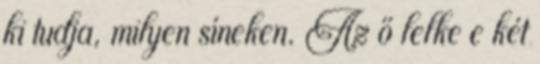
ki tudja, milyen síneken. Az ő lelke e két